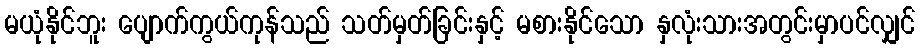
မယုံနိုင်ဘူး ပျောက်ကွယ်ကုန်သည် သတ်မှတ်ခြင်းနှင့် မစားနိုင်သော နှလုံးသားအတွင်းမှာပင်လျှင်